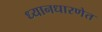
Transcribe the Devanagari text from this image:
ध्यानधारणेत